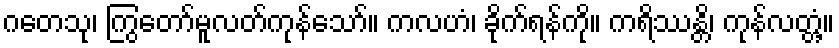
ဂတေသု၊ ကြွတော်မူလတ်ကုန်သော်။ ကလဟံ၊ ခိုက်ရန်ကို။ ကရိဿန္တိ၊ ကုန်လတ္တံ့။